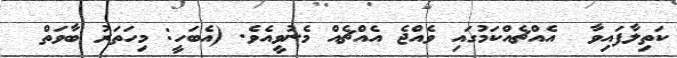
ކަތިލާފައިވާ  އެއްޗެއްކަމުގައި ވެއްޖެ އެއްޗެއް މެނުވީއެވެ. (އެބަހީ: މިހަތަރު ބާވަތް